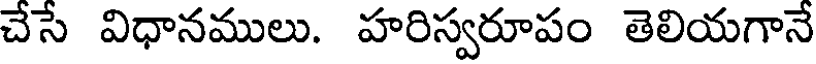
చేసే విధానములు. హరిస్వరూపం తెలియగానే